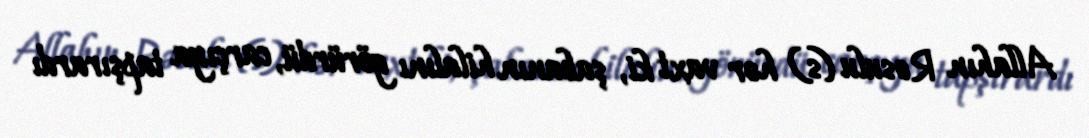
Allahın Rəsulu (s) hər vaxt ki, şabanın hilalını görürdü, carçıya tapşırardı